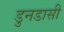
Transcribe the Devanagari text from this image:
डुनडासी